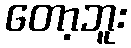
တော့ဘူး